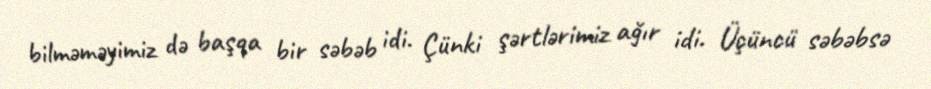
bilməməyimiz də başqa bir səbəb idi. Çünki şərtlərimiz ağır idi. Üçüncü səbəbsə